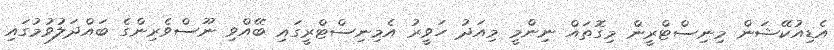
އެޑިއުކޭޝަން މިނިސްޓްރީން މިގޮތައް ނިންމީ މިއަދު ހަވީރު އެމިނިސްޓްރީގައި ބޭއްވި ނޫސްވެރިންގެ ބައްދަލުވުމުގައި